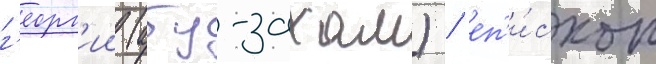
г'еорг'ии (абу-захам) / еп'и́скоп